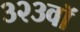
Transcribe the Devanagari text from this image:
३२३वॉ